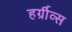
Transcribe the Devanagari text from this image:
हर्ग्रीव्स